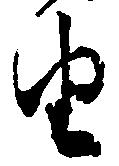
由